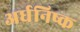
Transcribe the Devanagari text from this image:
अर्धनिष्क